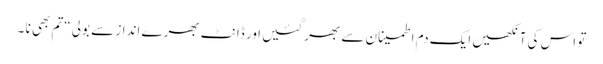
تو اس کی آنکھیں ایک دم اطمینان سے بھر گئیں ا ور ڈانٹ بھرے انداز سے بولی “تم بھی نا ۔